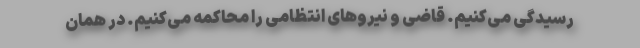
رسیدگی می‌کنیم. قاضی و نیروهای انتظامی را محاکمه می‌کنیم. در همان